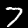
Digit: 7